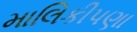
માલિકીપણા